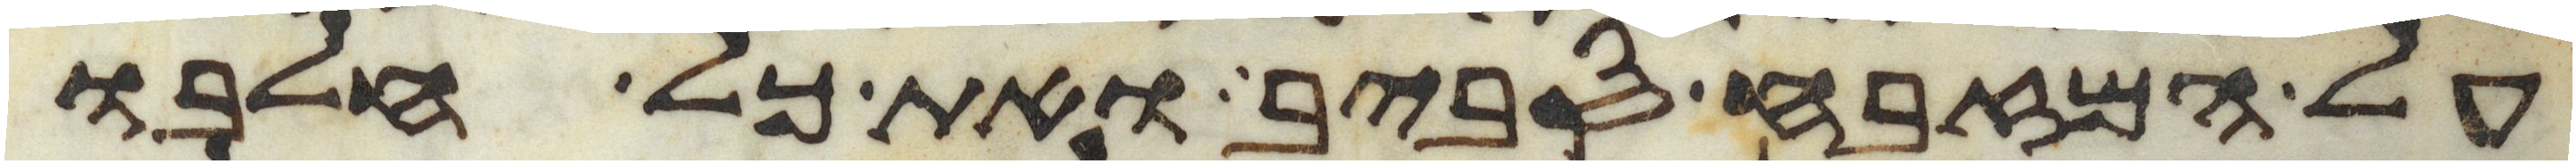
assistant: על המזבח סביב ואת כל חלבו